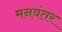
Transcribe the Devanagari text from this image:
मनवंतर